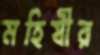
মহিষীর